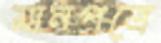
মানপত্রে